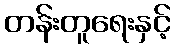
တန်းတူရေးနှင့်